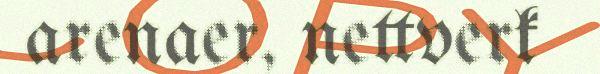
arenaer, nettverk